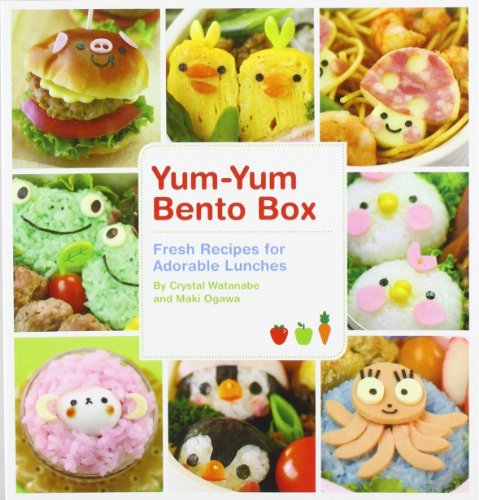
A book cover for Yum-Yum Bento Box: Fresh Recipes for Adorable Lunches; Maki Ogawa; Cookbooks, Food & Wine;